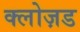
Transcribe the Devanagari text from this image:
क्लोज़ड